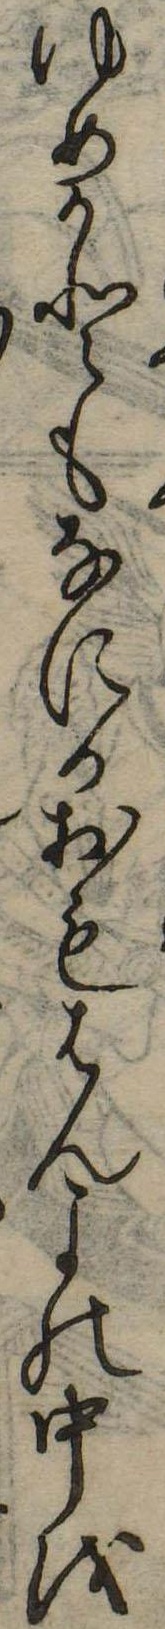
ゆめかともなにかおもはんよの中を